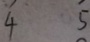
\overline { 4 } \overline { 5 }